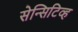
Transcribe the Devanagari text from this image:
सेन्सिटिव्ह